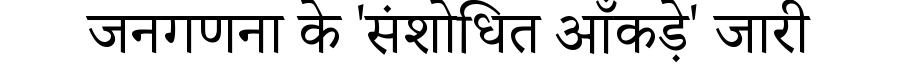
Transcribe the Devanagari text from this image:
जनगणना के 'संशोधित आँकड़े' जारी